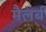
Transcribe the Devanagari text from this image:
मैलर्ब